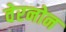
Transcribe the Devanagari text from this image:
वेरनोन